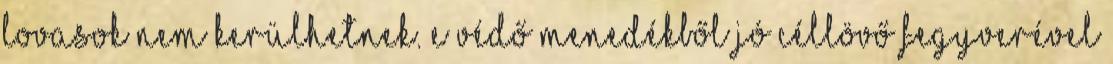
lovasok nem kerülhetnek. E védő menedékből jó céllövő fegyverével